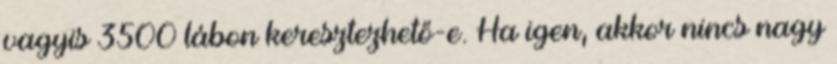
vagyis 3500 lábon keresztezhető-e. Ha igen, akkor nincs nagy